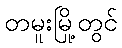
တမူးမြို့တွင်